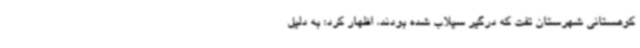
کوهستانی شهرستان تفت که درگیر سیلاب شده بودند، اظهار کرد: به دلیل